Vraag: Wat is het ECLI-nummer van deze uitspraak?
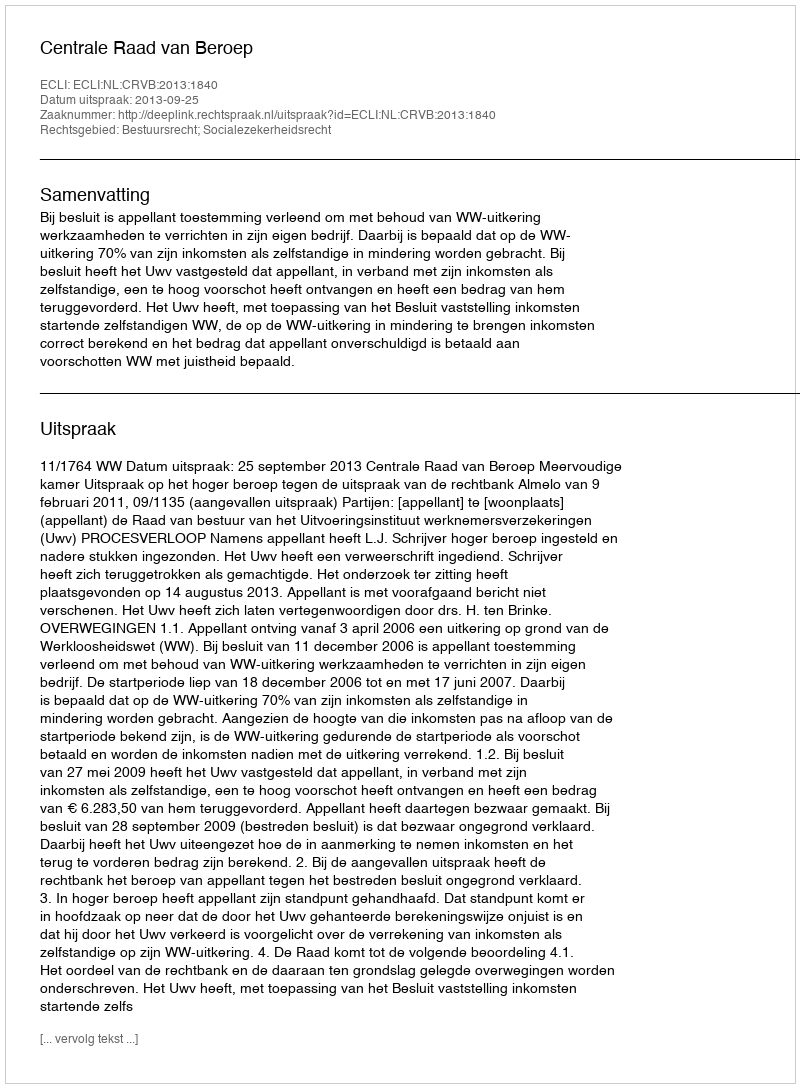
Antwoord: ECLI:NL:CRVB:2013:1840